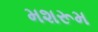
મશરૂમ